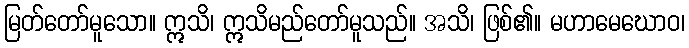
မြတ်တော်မူသော။ ဣသိ၊ ဣသိမည်တော်မူသည်။ အသိ၊ ဖြစ်၏။ မဟာမေဃောဝ၊